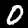
Label: 0